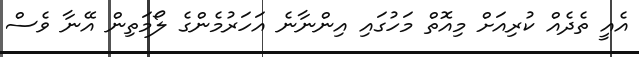
އެއީ ތެދެއް ކުރިއަށް މިއޮތް މަހުގައި އިންނާނެ އަހަރުމެންގެ ލޯމަތިން އޭނާ ވެސް